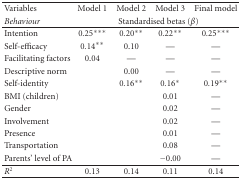
<table><thead><tr><td><b>Variables</b></td><td><b>Model 1</b></td><td><b>Model 2</b></td><td><b>Model 3</b></td><td><b>Final model</b></td></tr><tr><td><b><i>Behaviour</i></b></td><td colspan="4"><b>Standardised betas (<i>β</i>)</b></td></tr></thead><tbody><tr><td>Intention</td><td>0.25***</td><td>0.20**</td><td>0.22**</td><td>0.25***</td></tr><tr><td>Self-efficacy</td><td>0.14**</td><td>0.10</td><td>—</td><td>—</td></tr><tr><td>Facilitating factors</td><td>0.04</td><td>—</td><td>—</td><td>—</td></tr><tr><td>Descriptive norm</td><td></td><td>0.00</td><td>—</td><td>—</td></tr><tr><td>Self-identity</td><td></td><td>0.16**</td><td>0.16*</td><td>0.19**</td></tr><tr><td>BMI (children)</td><td></td><td></td><td>0.01</td><td>—</td></tr><tr><td>Gender</td><td></td><td></td><td>0.02</td><td>—</td></tr><tr><td>Involvement</td><td></td><td></td><td>0.02</td><td>—</td></tr><tr><td>Presence</td><td></td><td></td><td>0.01</td><td>—</td></tr><tr><td>Transportation</td><td></td><td></td><td>0.08</td><td>—</td></tr><tr><td>Parents&#x27; level of PA</td><td></td><td></td><td>−0.00</td><td>—</td></tr><tr><td><i>R</i><sup>2</sup></td><td>0.13</td><td>0.14</td><td>0.11</td><td>0.14</td></tr></tbody></table>